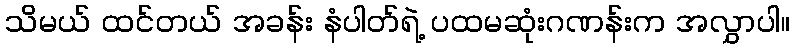
သိမယ် ထင်တယ် အခန်း နံပါတ်ရဲ့ ပထမဆုံးဂဏန်းက အလွှာပါ။